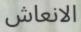
الانعاش